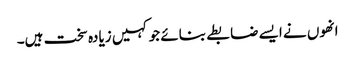
انھوں نے ایسے ضابطے بنائے جو کہیں زیادہ سخت ہیں۔